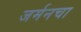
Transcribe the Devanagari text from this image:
जर्मनचा